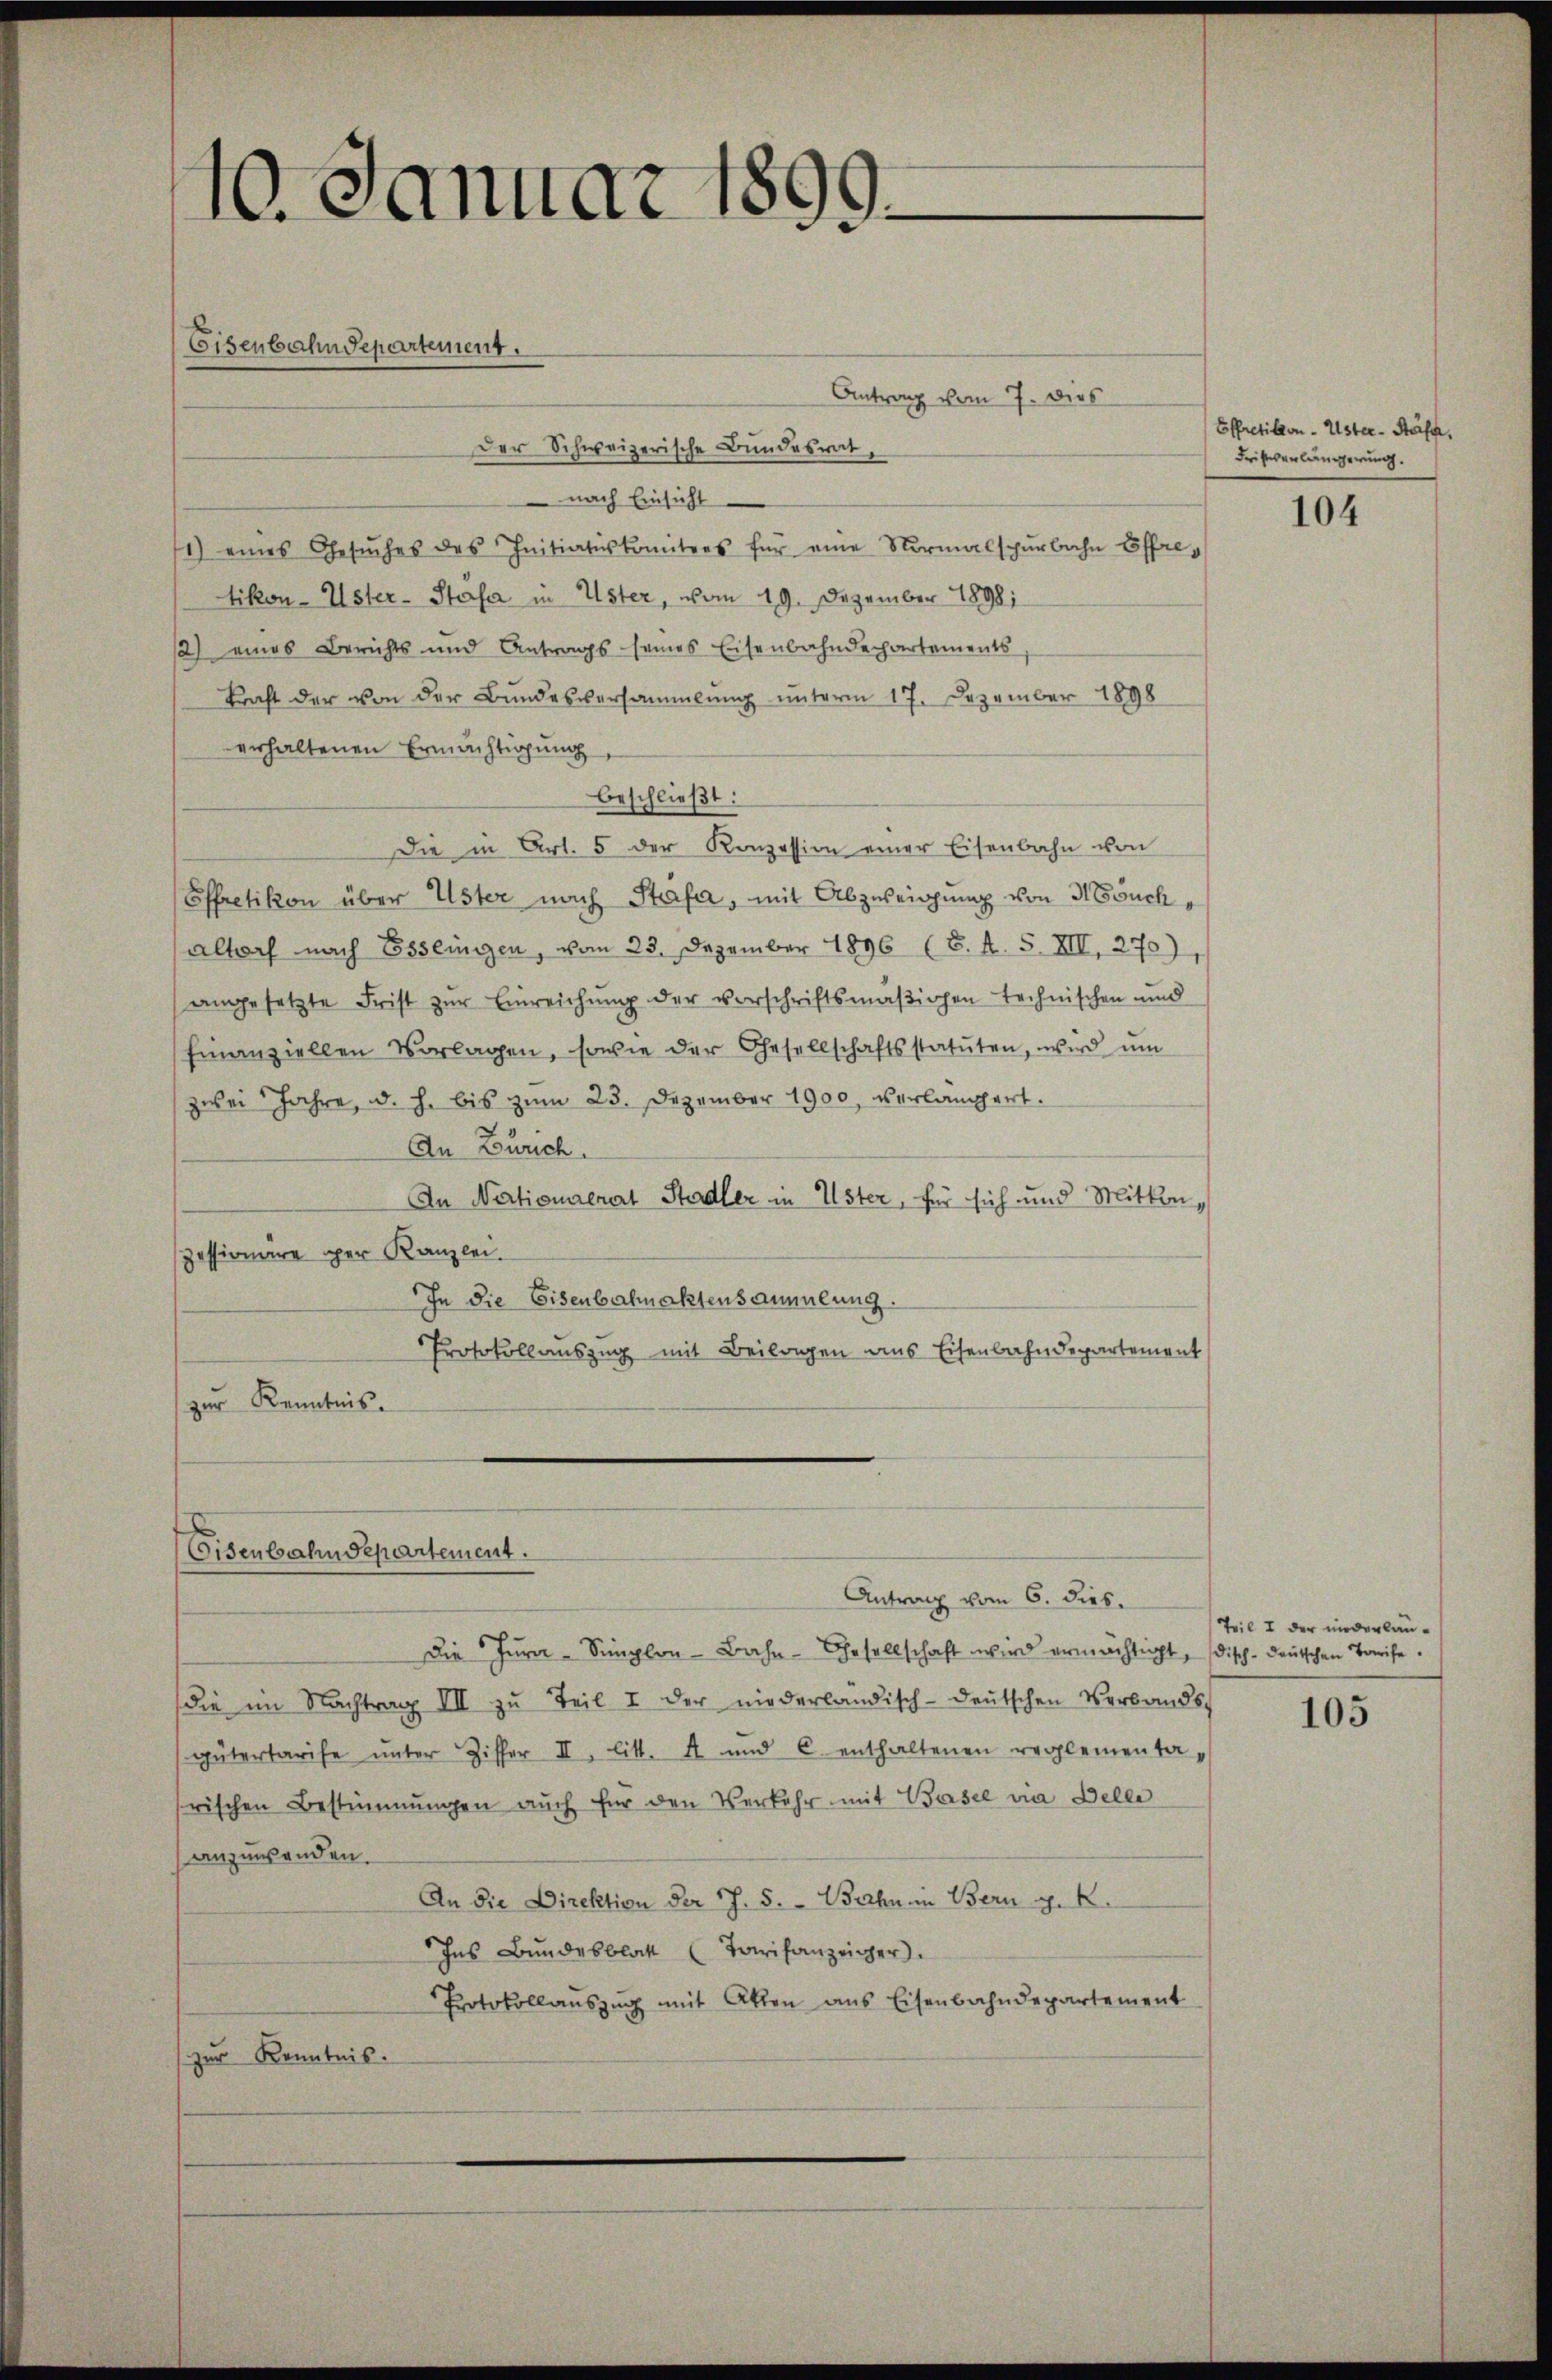
10. Januar 1899
Eisenbahndepartement.
Antrag vom 7. dies

Der Schweizerische Bundesrat,
nach Einsicht
1) eines Gesŭches des Initiatuskomitees für eine Normalspurbahn Effretikon-Uster-Stäfa in Uster, vom 19. Dezember 18981
/2) eines Berichts und Antrags seines Eisenbahndepartements,
kraft der von der Bundesversammlung unterm 17. Dezember 1898
erhaltenen Ermächtigung,
beschließt:
Die in Art. 5 der Konzession einer Eisenbahn von
Effretikon über Uster nach Stäfa, mit Abzweigung von 3 Fruch
altorf nach Esslingen, vom 23. Dezember 1896 (8. d. 5. XII, 270),
angesetzte Frist zur Einreichung der vorschriftsmaßichen technischen und
Einanziellen Vorlagen, sowie der Gesellschaftsstatuten, wird ŭm
zwei Jahre, d. h. bis zŭm 23. Dezember 1900, verlangert.
An Zürich.
An Nertionaerart Stadler in Uster, für sich und Mittepessionare per Kanzlei.
In die Eisenbahnaktensammlung.
Protokollauszug mit Beilagen ans Eisenbahndepartement
zur Kenntnis.

Eisenbahndepartement.

Antrag vom 6. dies.
Die Jura-Simplon-Bahn-Gesellschaft wird ermächtigt, disch-deutschen Tarife
die im Nachtrag III zŭ Teil I der niederländisch-deŭtschen Verbands
gütertarife unter Ziffer II. litt. A und C. enthaltenen reglementarischen Bestimmungen aŭch für den Verkehr mit Basel via Delle
anzuwenden.
An die Direktion der J. S. - Bahn in Bern p. 2.
Ins Bŭndesblatt (Tarifanzeiger.
Protokollaŭszŭg mit Akten ans Eisenbahndepartement
zur Kenntnis.

Effretikon Uster- Stäfa,
Fristverlängerung.

104

Teil I der niederlau¬

105